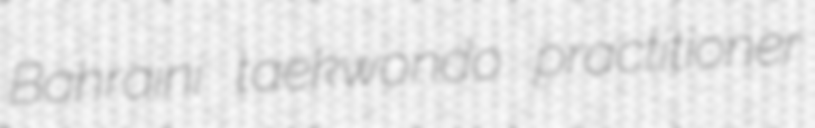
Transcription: Bahraini taekwondo practitioner